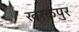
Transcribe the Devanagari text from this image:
खरकपुर